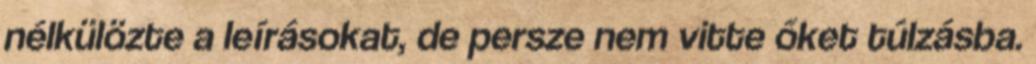
nélkülözte a leírásokat, de persze nem vitte őket túlzásba.